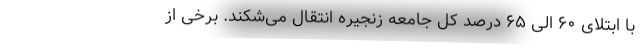
با ابتلای ۶۰ الی ۶۵ درصد کل جامعه زنجیره انتقال می‌شکند. برخی از